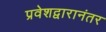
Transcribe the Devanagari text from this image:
प्रवेशद्वारानंतर